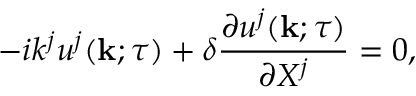
- i k ^ { j } u ^ { j } ( { \bf { k } } ; \tau ) + \delta \frac { \partial u ^ { j } ( { \bf { k } } ; \tau ) } { \partial X ^ { j } } = 0 ,